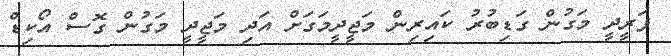
ފަރީދީ މަގުން ގަޑިބުރު ކައިރިން މަޖީދީމަގަށް އަދި މަޖީދީ މަގުން ގޮސް އޯކިޑް